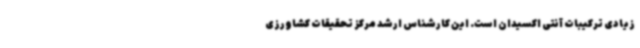
زیادی ترکیبات آنتی اکسیدان است. این کارشناس ارشد مرکز تحقیقات کشاورزی